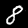
Label: 8